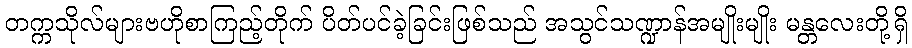
တက္ကသိုလ်များဗဟိုစာကြည့်တိုက် ပိတ်ပင်ခဲ့ခြင်းဖြစ်သည် အသွင်သဏ္ဍာန်အမျိုးမျိုး မန္တလေးတို့ရှိ